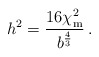
\begin{align*}h^2 = \frac{16 \chi_{\rm m}^2}{b^\frac43} \:. \end{align*}